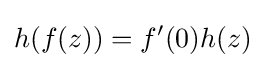
h(f(z))=f^{\prime }(0)h(z)~